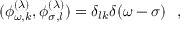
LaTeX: ( \phi _ { \omega , k } ^ { ( \lambda ) } , \phi _ { \sigma , l } ^ { ( \lambda ) } ) = \delta _ { l k } \delta ( \omega - \sigma ) ~ ~ ,